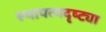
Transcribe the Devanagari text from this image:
स्थापत्यदृष्ट्या